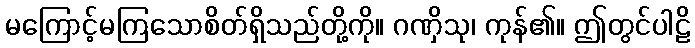
မကြောင့်မကြသောစိတ်ရှိသည်တို့ကို။ ဂဏှိသု၊ ကုန်၏။ ဤတွင်ပါဠိ